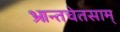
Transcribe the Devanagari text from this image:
भ्रान्तचेतसाम्